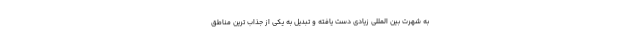
به شهرت بین المللی زیادی دست یافته و تبدیل به یکی از جذاب ترین مناطق